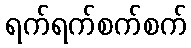
ရက်ရက်စက်စက်